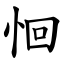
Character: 恛